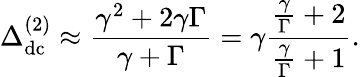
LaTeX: \Delta_{\mathrm{dc}}^{(2)}\approx\frac{\gamma^{2}+2\gamma\Gamma}{\gamma+\Gamma}=\gamma\frac{\frac{\gamma}{\Gamma}+2}{\frac{\gamma}{\Gamma}+1}.